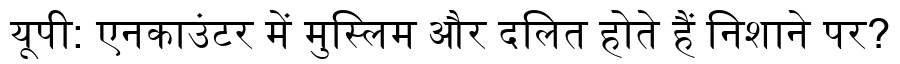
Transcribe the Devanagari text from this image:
यूपी: एनकाउंटर में मुस्लिम और दलित होते हैं निशाने पर?